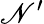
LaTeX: \mathscr{N}^{\prime}